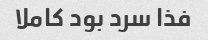
فذا سرد بود کاملا